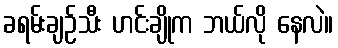
ခရမ်းချဉ်သီး ဟင်းချိုက ဘယ်လို နေလဲ။